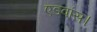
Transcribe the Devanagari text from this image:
एडवांस।